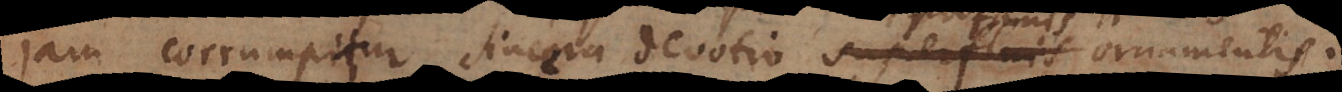
jam corrumpitur sincera devotio superfluis ornamenti